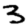
Digit: 3